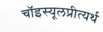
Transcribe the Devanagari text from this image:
चॉइस्यूलप्रीत्यर्थ